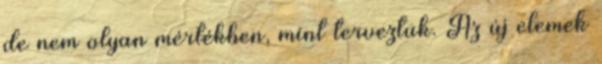
de nem olyan mértékben, mint terveztük. Az új elemek